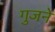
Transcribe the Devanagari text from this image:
गुजने